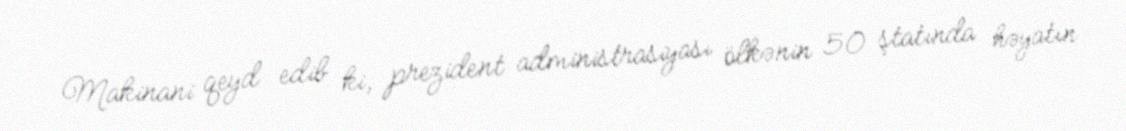
Makinani qeyd edib ki, prezident administrasiyası ölkənin 50 ştatında həyatın